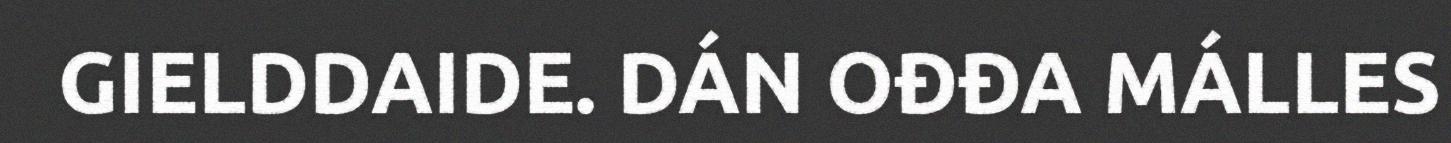
GIELDDAIDE. DÁN OĐĐA MÁLLES